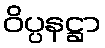
ဝိပ္ပနဋ္ဌာ